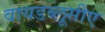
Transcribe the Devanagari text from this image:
वायडब्लूसीए